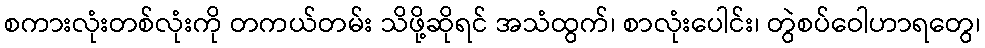
စကားလုံးတစ်လုံးကို တကယ်တမ်း သိဖို့ဆိုရင် အသံထွက်၊ စာလုံးပေါင်း၊ တွဲစပ်ဝေါဟာရတွေ၊